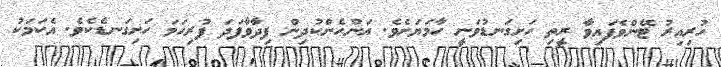
ހުރިއިރު ޓޭންވެފައިވާ ރީތި ހަށިގަނޑުވަނީ ހާމަޔަށެވެ. އަންހެންކުދިން ފިދާވާފަދަ ފުރިހަމަ ހަށިގަނޑެކެވެ. އެކަމަކު